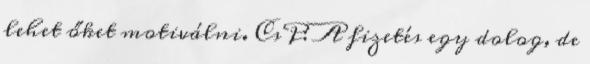
lehet őket motiválni. CsP: A fizetés egy dolog, de